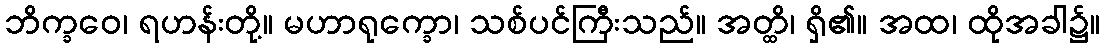
ဘိက္ခဝေ၊ ရဟန်းတို့။ မဟာရုက္ခော၊ သစ်ပင်ကြီးသည်။ အတ္ထိ၊ ရှိ၏။ အထ၊ ထိုအခါ၌။